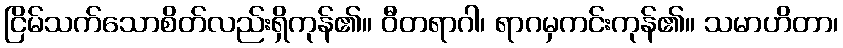
ငြိမ်သက်သောစိတ်လည်းရှိကုန်၏။ ဝီတရာဂါ၊ ရာဂမှကင်းကုန်၏။ သမာဟိတာ၊